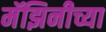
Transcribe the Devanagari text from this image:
मॅझिनीच्या